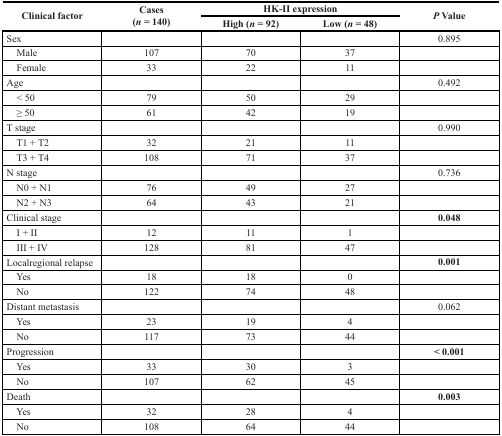
<table><thead><tr><td rowspan="2"><b>Clinical factor</b></td><td rowspan="2"><b>Cases(<i>n</i> = 140)</b></td><td colspan="2"><b>HK-II expression</b></td><td rowspan="2"><b><i>P</i> Value</b></td></tr><tr><td><b>High (<i>n</i> = 92)</b></td><td><b>Low (<i>n</i> = 48)</b></td></tr></thead><tbody><tr><td>Sex</td><td></td><td></td><td></td><td>0.895</td></tr><tr><td> Male</td><td>107</td><td>70</td><td>37</td><td></td></tr><tr><td> Female</td><td>33</td><td>22</td><td>11</td><td></td></tr><tr><td>Age</td><td></td><td></td><td></td><td>0.492</td></tr><tr><td> &lt; 50</td><td>79</td><td>50</td><td>29</td><td></td></tr><tr><td> ≥ 50</td><td>61</td><td>42</td><td>19</td><td></td></tr><tr><td>T stage</td><td></td><td></td><td></td><td>0.990</td></tr><tr><td> T1 + T2</td><td>32</td><td>21</td><td>11</td><td></td></tr><tr><td> T3 + T4</td><td>108</td><td>71</td><td>37</td><td></td></tr><tr><td>N stage</td><td></td><td></td><td></td><td>0.736</td></tr><tr><td> N0 + N1</td><td>76</td><td>49</td><td>27</td><td></td></tr><tr><td> N2 + N3</td><td>64</td><td>43</td><td>21</td><td></td></tr><tr><td>Clinical stage</td><td></td><td></td><td></td><td><b>0.048</b></td></tr><tr><td> I + II</td><td>12</td><td>11</td><td>1</td><td></td></tr><tr><td> III + IV</td><td>128</td><td>81</td><td>47</td><td></td></tr><tr><td>Localregional relapse</td><td></td><td></td><td></td><td><b>0.001</b></td></tr><tr><td> Yes</td><td>18</td><td>18</td><td>0</td><td></td></tr><tr><td> No</td><td>122</td><td>74</td><td>48</td><td></td></tr><tr><td>Distant metastasis</td><td></td><td></td><td></td><td>0.062</td></tr><tr><td> Yes</td><td>23</td><td>19</td><td>4</td><td></td></tr><tr><td> No</td><td>117</td><td>73</td><td>44</td><td></td></tr><tr><td>Progression</td><td></td><td></td><td></td><td><b>&lt; 0.001</b></td></tr><tr><td> Yes</td><td>33</td><td>30</td><td>3</td><td></td></tr><tr><td> No</td><td>107</td><td>62</td><td>45</td><td></td></tr><tr><td>Death</td><td></td><td></td><td></td><td><b>0.003</b></td></tr><tr><td> Yes</td><td>32</td><td>28</td><td>4</td><td></td></tr><tr><td> No</td><td>108</td><td>64</td><td>44</td><td></td></tr></tbody></table>